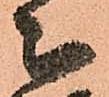
被